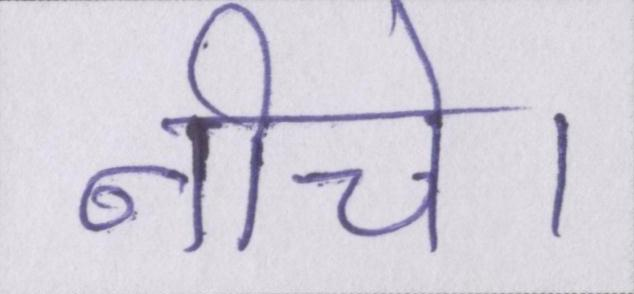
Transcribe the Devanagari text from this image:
नीचे।